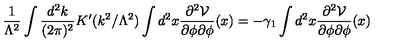
\frac { 1 } { \Lambda ^ { 2 } } \int \frac { d ^ { 2 } k } { ( 2 \pi ) ^ { 2 } } K ^ { \prime } ( k ^ { 2 } / \Lambda ^ { 2 } ) \int d ^ { 2 } x \frac { \partial ^ { 2 } { \cal V } } { \partial \phi \partial \phi } ( x ) = - \gamma _ { 1 } \int d ^ { 2 } x \frac { \partial ^ { 2 } { \cal V } } { \partial \phi \partial \phi } ( x )